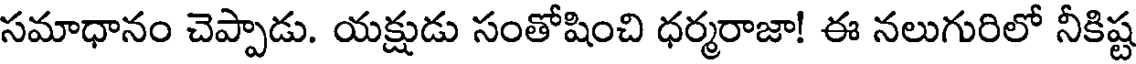
సమాధానం చెప్పాడు. యక్షుడు సంతోషించి ధర్మరాజా! ఈ నలుగురిలో నీకిష్ట